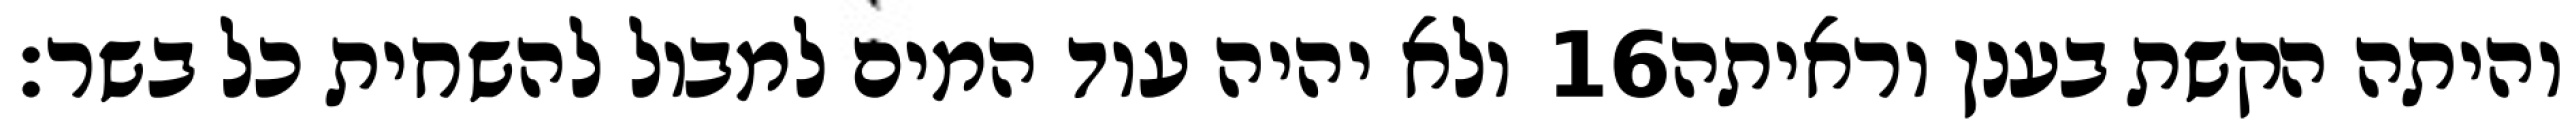
ולא יהיה עוד המים למבול להשחית כל בשר׃ ‎16‏ והיתה הקשת בענן וראיתה